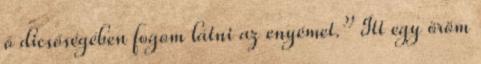
ő dicsőségében fogom látni az enyémet.” Itt egy öröm